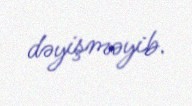
dəyişməyib.